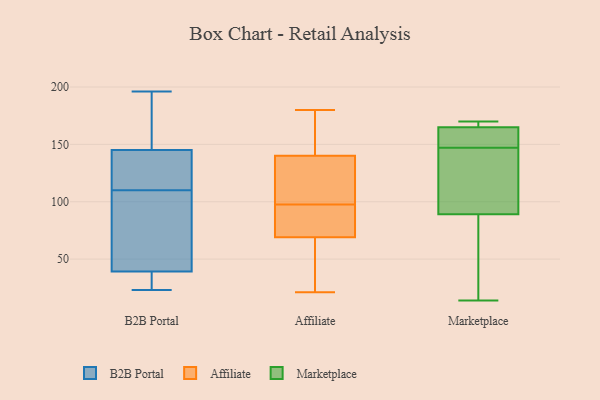
{"axis": {"x": "LTV (USD)", "y": "Value"}, "legend": ["Affiliate", "B2B Portal", "Marketplace"], "data": [{"x": "", "y": 151, "type": "B2B Portal"}, {"x": "", "y": 26, "type": "B2B Portal"}, {"x": "", "y": 28, "type": "B2B Portal"}, {"x": "", "y": 143, "type": "B2B Portal"}, {"x": "", "y": 112, "type": "B2B Portal"}, {"x": "", "y": 110, "type": "B2B Portal"}, {"x": "", "y": 180, "type": "B2B Portal"}, {"x": "", "y": 23, "type": "B2B Portal"}, {"x": "", "y": 51, "type": "B2B Portal"}, {"x": "", "y": 140, "type": "B2B Portal"}, {"x": "", "y": 111, "type": "B2B Portal"}, {"x": "", "y": 26, "type": "B2B Portal"}, {"x": "", "y": 196, "type": "B2B Portal"}, {"x": "", "y": 84, "type": "B2B Portal"}, {"x": "", "y": 43, "type": "B2B Portal"}, {"x": "", "y": 80, "type": "B2B Portal"}, {"x": "", "y": 176, "type": "B2B Portal"}, {"x": "", "y": 139, "type": "Affiliate"}, {"x": "", "y": 102, "type": "Affiliate"}, {"x": "", "y": 21, "type": "Affiliate"}, {"x": "", "y": 65, "type": "Affiliate"}, {"x": "", "y": 108, "type": "Affiliate"}, {"x": "", "y": 48, "type": "Affiliate"}, {"x": "", "y": 74, "type": "Affiliate"}, {"x": "", "y": 93, "type": "Affiliate"}, {"x": "", "y": 65, "type": "Affiliate"}, {"x": "", "y": 159, "type": "Affiliate"}, {"x": "", "y": 180, "type": "Affiliate"}, {"x": "", "y": 102, "type": "Affiliate"}, {"x": "", "y": 141, "type": "Affiliate"}, {"x": "", "y": 163, "type": "Affiliate"}, {"x": "", "y": 73, "type": "Affiliate"}, {"x": "", "y": 77, "type": "Affiliate"}, {"x": "", "y": 170, "type": "Marketplace"}, {"x": "", "y": 76, "type": "Marketplace"}, {"x": "", "y": 165, "type": "Marketplace"}, {"x": "", "y": 126, "type": "Marketplace"}, {"x": "", "y": 160, "type": "Marketplace"}, {"x": "", "y": 166, "type": "Marketplace"}, {"x": "", "y": 157, "type": "Marketplace"}, {"x": "", "y": 120, "type": "Marketplace"}, {"x": "", "y": 126, "type": "Marketplace"}, {"x": "", "y": 168, "type": "Marketplace"}, {"x": "", "y": 145, "type": "Marketplace"}, {"x": "", "y": 166, "type": "Marketplace"}, {"x": "", "y": 31, "type": "Marketplace"}, {"x": "", "y": 89, "type": "Marketplace"}, {"x": "", "y": 165, "type": "Marketplace"}, {"x": "", "y": 79, "type": "Marketplace"}, {"x": "", "y": 149, "type": "Marketplace"}, {"x": "", "y": 14, "type": "Marketplace"}]}